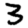
Digit: 3